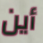
أين